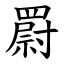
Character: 罻